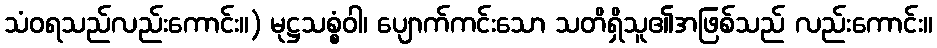
သံဝရသည်လည်းကောင်း။) မုဋ္ဌသစ္စံဝါ၊ ပျောက်ကင်းသော သတိရှိသူ၏အဖြစ်သည် လည်းကောင်း။